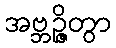
အဗ္ဘဉ္ဇိတွာ